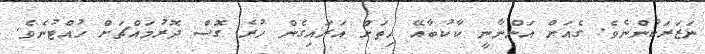
ނަޒަރަކުންނެވެ. ގެއަށް އަންނާނީ ކާކުބާއޭ ހިތަށް އަރައިގެން ހުރެ ގޮސް ދޮރުމައްޗަށް ހުއްޓުނެވެ.